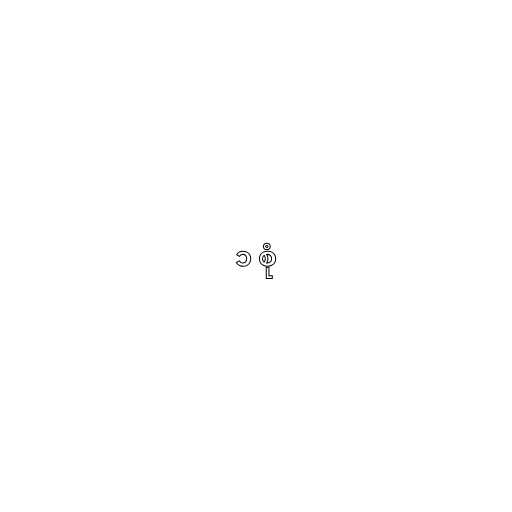
၁ စုံ